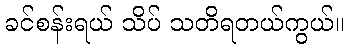
ခင်စန်းရယ် သိပ် သတိရတယ်ကွယ်။